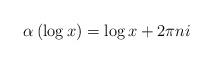
LaTeX: \begin{align*} \alpha\left( \log x\right) = \log x + 2\pi n i\end{align*}